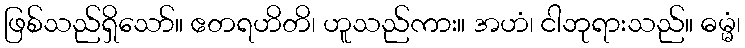
ဖြစ်သည်ရှိသော်။ ဧတရဟိတိ၊ ဟူသည်ကား။ အဟံ၊ ငါဘုရားသည်။ ဓမ္မံ၊